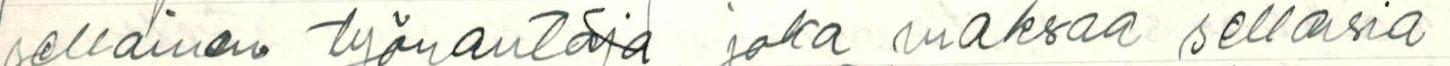
sellainen työnantaja joka maksaa sellaisia